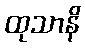
ထုသာနိ